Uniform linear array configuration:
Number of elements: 48
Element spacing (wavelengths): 0.75
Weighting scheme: hann
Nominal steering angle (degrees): -30
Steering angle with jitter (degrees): -29.619
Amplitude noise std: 0.05
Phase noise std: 0.05

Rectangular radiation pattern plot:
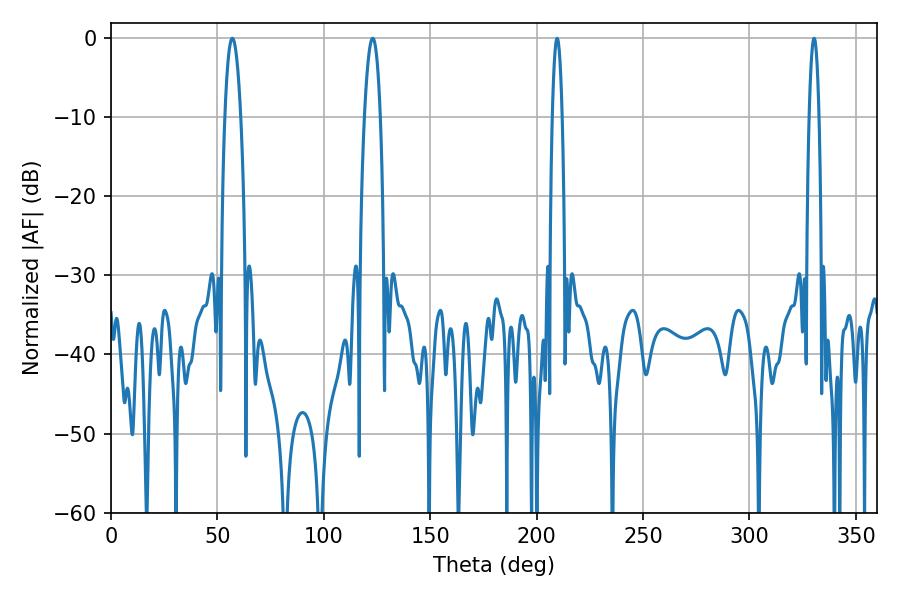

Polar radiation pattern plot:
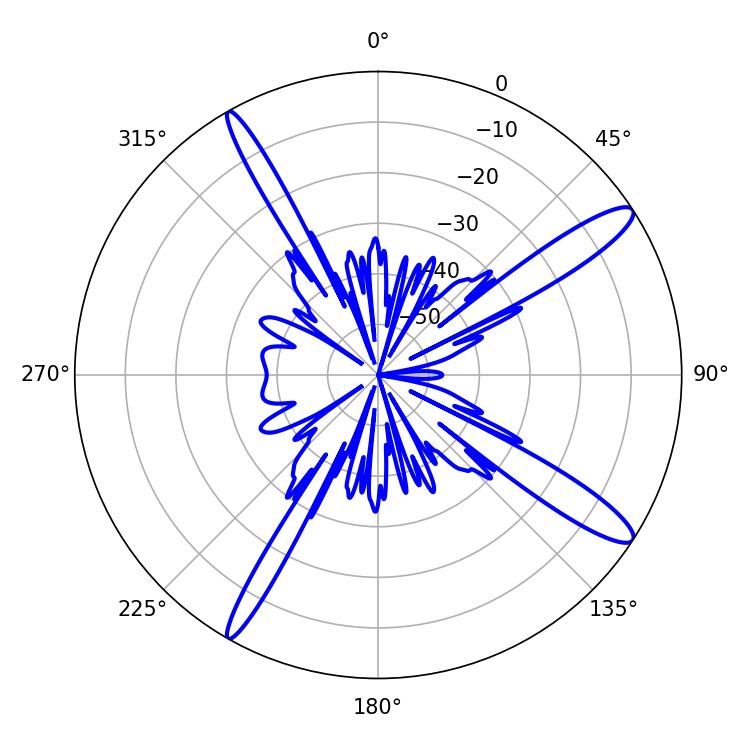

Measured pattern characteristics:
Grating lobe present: TRUE
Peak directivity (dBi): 13.829
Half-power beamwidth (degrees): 4.14
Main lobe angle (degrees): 57.06